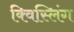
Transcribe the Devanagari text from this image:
क्विस्लिंग